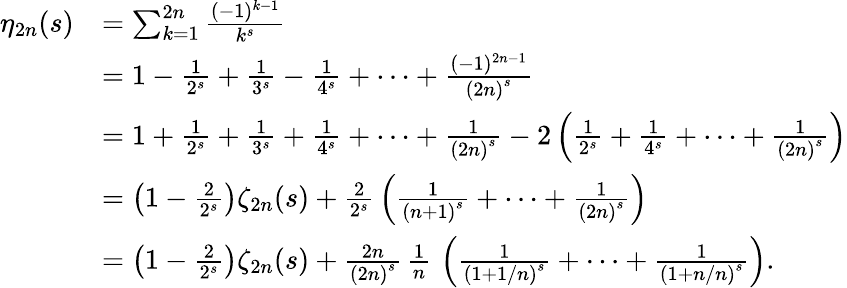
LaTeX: {\begin{array}{rl}{\eta_{2n}(s)}&{=\sum_{k=1}^{2n}{\frac{(-1)^{k-1}}{k^{s}}}}\\ &{=1-{\frac{1}{2^{s}}}+{\frac{1}{3^{s}}}-{\frac{1}{4^{s}}}+\dots+{\frac{(-1)^{2n-1}}{{(2n)}^{s}}}}\\ &{=1+{\frac{1}{2^{s}}}+{\frac{1}{3^{s}}}+{\frac{1}{4^{s}}}+\dots+{\frac{1}{{(2n)}^{s}}}-2\left({\frac{1}{2^{s}}}+{\frac{1}{4^{s}}}+\dots+{\frac{1}{{(2n)}^{s}}}\right)}\\ &{=\left(1-{\frac{2}{2^{s}}}\right)\zeta_{2n}(s)+{\frac{2}{2^{s}}}\left({\frac{1}{{(n+1)}^{s}}}+\dots+{\frac{1}{{(2n)}^{s}}}\right)}\\ &{=\left(1-{\frac{2}{2^{s}}}\right)\zeta_{2n}(s)+{\frac{2n}{{(2n)}^{s}}}\, {\frac{1}{n}}\, \left({\frac{1}{{(1+1/n)}^{s}}}+\dots+{\frac{1}{{(1+n/n)}^{s}}}\right).}\end{array}}